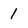
Character: 1